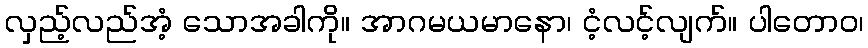
လှည့်လည်အံ့ သောအခါကို။ အာဂမယမာနော၊ ငံ့လင့်လျက်။ ပါတောဝ၊